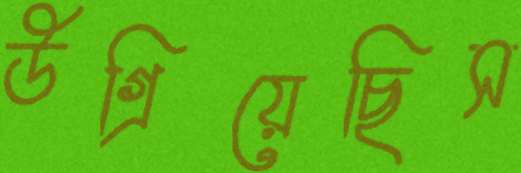
উগ্‌রিয়েছিস